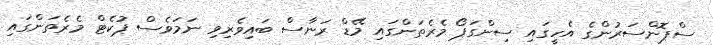
ސްޕޮންސަރުންގެ އެހީގައި ސިންގަޕޯ މެރެތަންގައި މޭޑް ރަނާސް ބައިވެރިވި ނަމަވެސް ޕުކެޓް މެރެތަންގައި